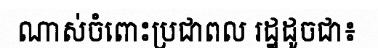
ណាស់ចំពោះប្រជាពល រដ្ឋដូចជា៖